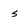
Character: s